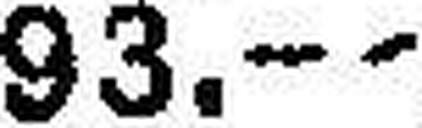
93.--